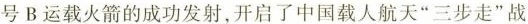
号B运载火箭的成功发射，开启了中国载人航天”三步走”战